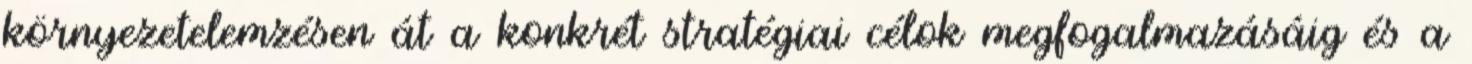
környezetelemzésen át a konkrét stratégiai célok megfogalmazásáig és a